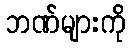
ဘဏ်များကို